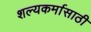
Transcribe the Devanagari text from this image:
शल्यकर्मासाठी